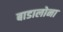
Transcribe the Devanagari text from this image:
बाडालोना